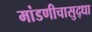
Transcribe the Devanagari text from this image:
मांडणीचासुद्धा